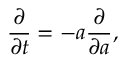
{ \frac { \partial } { \partial t } } = - a { \frac { \partial } { \partial a } } ,